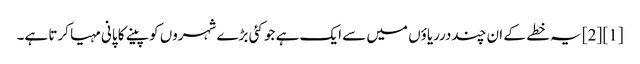
[1] [2] یہ خطے کے ان چنددرریاؤں میں سے ایک ہے جو کئی بڑے شہروں کو پینے کا پانی مہیا کرتا ہے۔